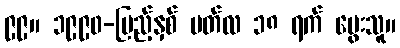
၉၉။ ၁၉၉၀-ပြည့်နှစ် မတ်လ ၁၈ ရက် မွေးသူ။